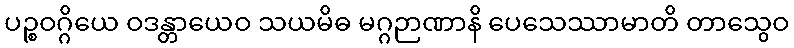
ပဉ္စဝဂ္ဂိယေ ဝဒန္တာယေဝ သယမိဓ မဂ္ဂဉာဏာနိ ပေသေဿာမာတိ တာသွေဝ